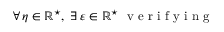
\forall \, \eta \in \mathbb { R } ^ { \star } , \ \exists \, \varepsilon \in \mathbb { R } ^ { \star } \ \mathrm { ~ v ~ e ~ r ~ i ~ f ~ y ~ i ~ n ~ g ~ } \